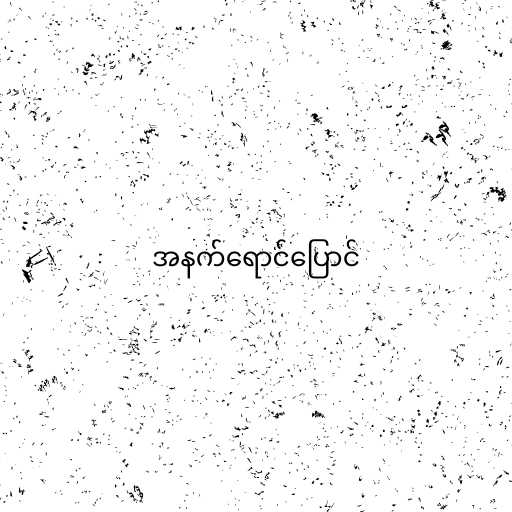
အနက်ရောင်ပြောင်